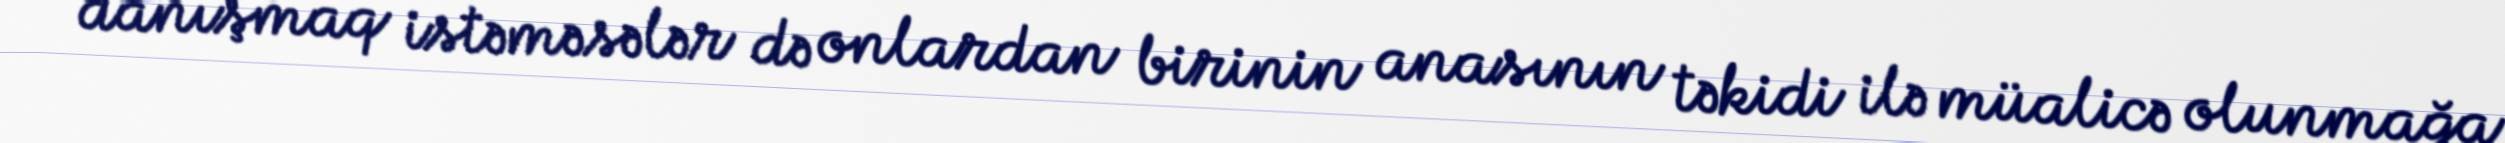
danışmaq istəməsələr də onlardan birinin anasının təkidi ilə müalicə olunmağa